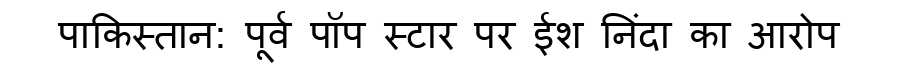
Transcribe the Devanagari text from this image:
पाकिस्तान: पूर्व पॉप स्टार पर ईश निंदा का आरोप